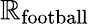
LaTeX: \mathbb{R}_{\mathrm{{football}}}